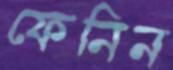
ফেনিন